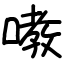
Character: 嘋